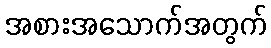
အစားအသောက်အတွက်